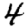
Digit: 4